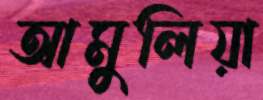
আমুলিয়া